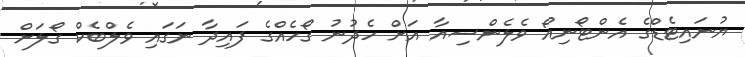
ޔުނައިޓެޑްގެ އެންޓޯނިއޯ ވެލެންސިއާ އަށް ހެދުުނު ގޯހެއްގެ ފައިދާ ނަގައި ވެލްބެކް ގޯލަށް